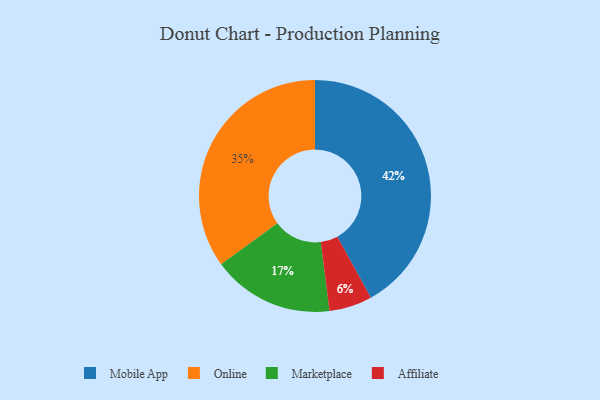
{"axis": {"x": "Category", "y": "Percentage"}, "legend": ["Affiliate", "Marketplace", "Mobile App", "Online"], "data": [{"x": "Affiliate", "y": 6, "type": "Affiliate"}, {"x": "Marketplace", "y": 17, "type": "Marketplace"}, {"x": "Online", "y": 35, "type": "Online"}, {"x": "Mobile App", "y": 42, "type": "Mobile App"}]}